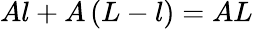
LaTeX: Al+A\left(L-l\right)=AL